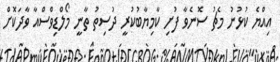
އިއްޔެ ކުޅުނު މެޗު ސޮނެވާ ފުށި ކާމިޔާބުކުރީ ދުސިތު ތާނީ މޯލްޑިވްސްއާ ވާދަކޮށް